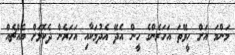
މަންމަ އަށް ހީވޭތަ އަހަރެންގެ ހީން އެދޭ އެދުމަކާއި އަހަރެން ދެކޮޅަށް އެއްޗެއް